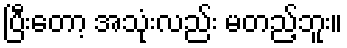
ပြီးတော့ အသုံးလည်း မတည့်ဘူး။